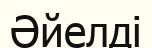
Әйелді